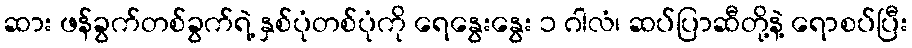
ဆား ဖန်ခွက်တစ်ခွက်ရဲ့ နှစ်ပုံတစ်ပုံကို ရေနွေးနွေး ၁ ဂါလံ၊ ဆပ်ပြာဆီတို့နဲ့ ရောစပ်ပြီး